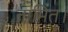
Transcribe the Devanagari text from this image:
नामित।